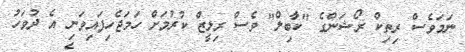
ނަމަވެސް ރިތިކް ރޯޝަންގެ "ކާބިލް" ވެސް ރިލީޒް ކުރުމަށް ހަމަޖެހިފައިވަނި އެ ދުވަހު